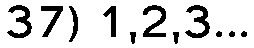
37) 1,2,3...